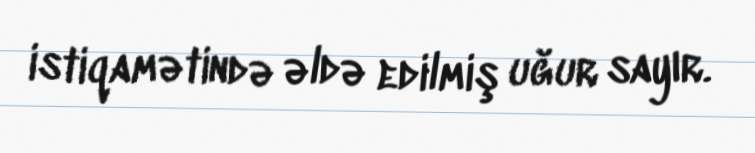
istiqamətində əldə edilmiş uğur sayır.